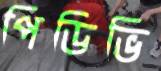
পিডিভি